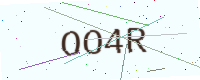
Text: OO4R